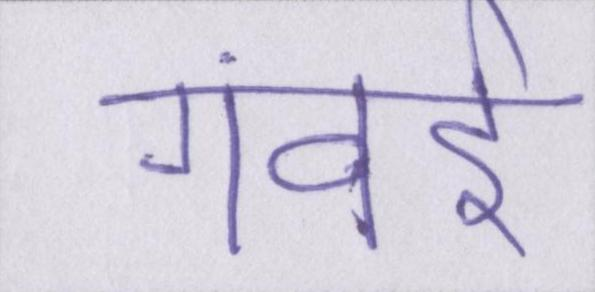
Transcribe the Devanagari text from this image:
गंवई